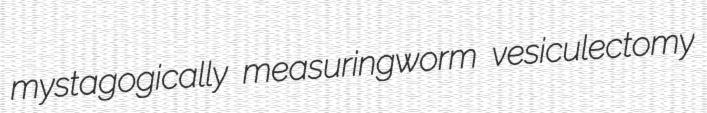
mystagogically measuringworm vesiculectomy